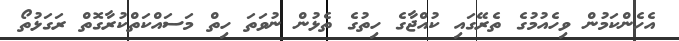
އެހެންކަމުން ވިހެއުމުގެ ތެރޭގައި ކުއްޖާގެ ހިތުގެ ތެޅުން ނުވަތަ ހިތް މަސައްކަތްކުރާގޮތް ރަގަޅުތޯ